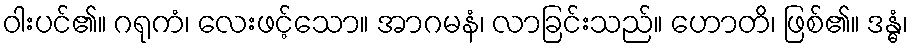
ဝါးပင်၏။ ဂရုကံ၊ လေးဖင့်သော။ အာဂမနံ၊ လာခြင်းသည်။ ဟောတိ၊ ဖြစ်၏။ ဒန္ဓံ၊